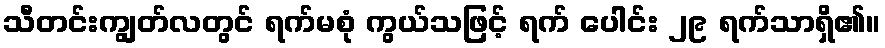
သီတင်းကျွတ်လတွင် ရက်မစုံ ကွယ်သဖြင့် ရက် ပေါင်း ၂၉ ရက်သာရှိ၏။